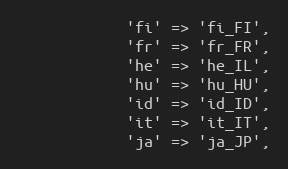
Language: PHP
			'fi' => 'fi_FI',
			'fr' => 'fr_FR',
			'he' => 'he_IL',
			'hu' => 'hu_HU',
			'id' => 'id_ID',
			'it' => 'it_IT',
			'ja' => 'ja_JP',